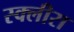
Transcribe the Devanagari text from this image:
स्क्लीरा